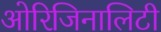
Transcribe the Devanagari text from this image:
ओरिजिनालिटी